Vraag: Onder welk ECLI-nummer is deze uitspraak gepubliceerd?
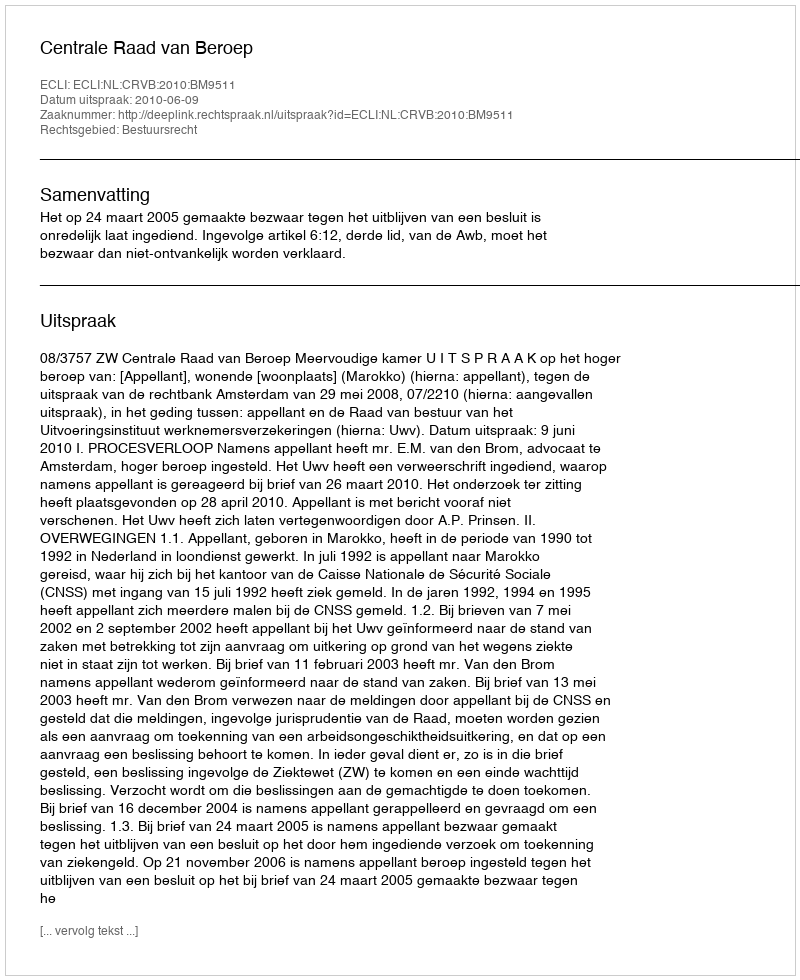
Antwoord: ECLI:NL:CRVB:2010:BM9511